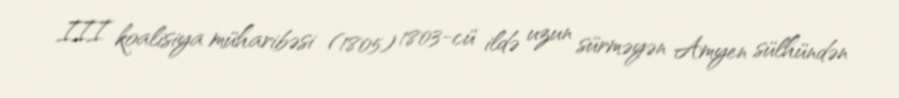
III koalisiya müharibəsi (1805) 1803-cü ildə uzun sürməyən Amyen sülhündən